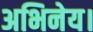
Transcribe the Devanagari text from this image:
अभिनेय।